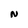
Character: N